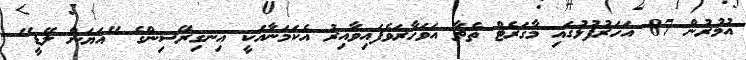
އުމުރުން 87 އަހަރުފުޅުގައި މާގަރެޓް ތެޗާ އަވަހާރަވެފައިވާއިރު އެކަމަނާއަކީ އިނގިރޭސިންގެ "އަޔަން ލޭޑީ"